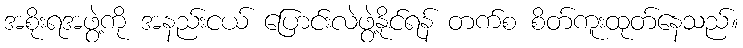
အစိုးရအဖွဲ့ကို အနည်းငယ် ပြောင်းလဲဖွဲ့နိုင်ရန် တက်စ စိတ်ကူးထုတ်နေသည်။